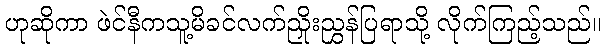
ဟုဆိုကာ ဖဲင်နီကသူ့မိခင်လက်ညှိုးညွှန်ပြရာသို့ လိုက်ကြည့်သည်။